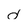
Character: d